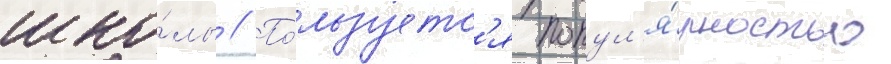
шко́лы // По́льзуетс'я попул'я́рностью